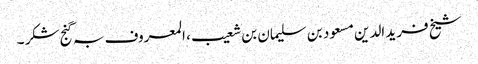
شیخ فرید الدین مسعود بن سلیمان بن شعیب ، المعروف بہ گنج شکر ۔